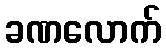
ခဏလောက်